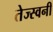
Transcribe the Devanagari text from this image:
तेज्स्वनी